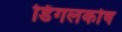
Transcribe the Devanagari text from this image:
डिंगलकोष